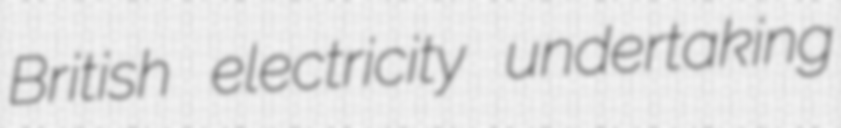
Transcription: British electricity undertaking